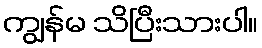
ကျွန်မ သိပြီးသားပါ။